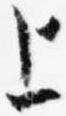
上